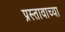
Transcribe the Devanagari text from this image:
प्रस्तावाच्या